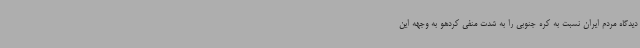
دیدگاه مردم ایران نسبت به کره جنوبی را به شدت منفی کردهو به وجهه این